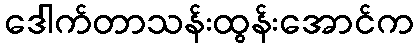
ဒေါက်တာသန်းထွန်းအောင်က